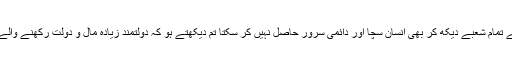
حقیقت یہی ہے کہ دنیا کے تمام شعبے دیکھ کر بھی انسان سچا اور دائمی سرور حاصل نہیں کر سکتا تم دیکھتے ہو کہ دولتمند زیادہ مال و دولت رکھنے والے ہر وقت خنداں رہتے ہیں۔